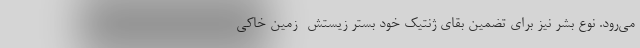
می‌رود. نوع بشر نیز برای تضمین بقای ژنتیک خود بستر زیستش -زمین خاکی-